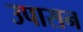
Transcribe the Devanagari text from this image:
उपासन